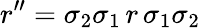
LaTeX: r^{\prime\prime}=\sigma_{2}\sigma_{1}\, r\, \sigma_{1}\sigma_{2}